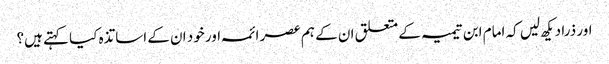
اور ذرا دیکھ لیں کہ امام ابن تیمیہ کے متعلق ان کے ہم عصر ائمہ اور خود ان کے اساتذہ کیا کہتے ہیں؟